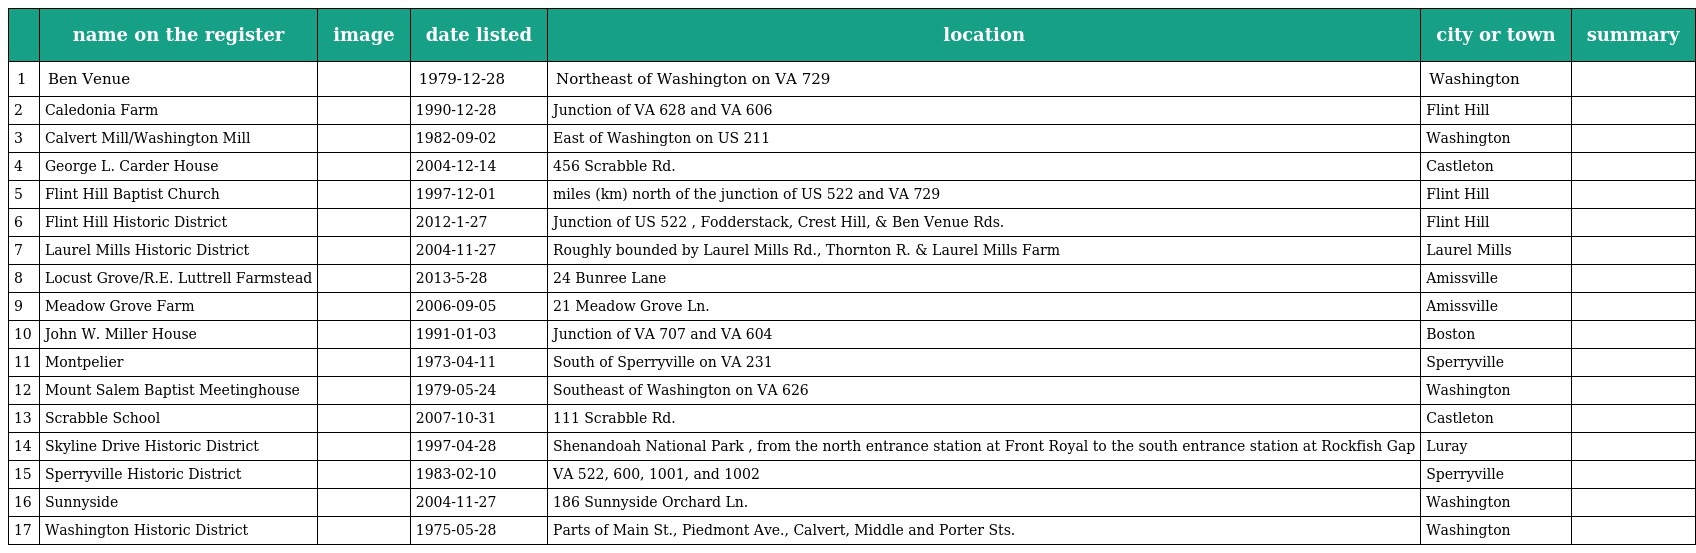
|  | name on the register | image | date listed | location | city or town | summary |
 | --- | --- | --- | --- | --- | --- | --- |
 | 1 | Ben Venue |  | 1979-12-28 | Northeast of Washington on VA 729 | Washington |  |
 | 2 | Caledonia Farm |  | 1990-12-28 | Junction of VA 628 and VA 606 | Flint Hill |  |
 | 3 | Calvert Mill/Washington Mill |  | 1982-09-02 | East of Washington on US 211 | Washington |  |
 | 4 | George L. Carder House |  | 2004-12-14 | 456 Scrabble Rd. | Castleton |  |
 | 5 | Flint Hill Baptist Church |  | 1997-12-01 | miles (km) north of the junction of US 522 and VA 729 | Flint Hill |  |
 | 6 | Flint Hill Historic District |  | 2012-1-27 | Junction of US 522 , Fodderstack, Crest Hill, & Ben Venue Rds. | Flint Hill |  |
 | 7 | Laurel Mills Historic District |  | 2004-11-27 | Roughly bounded by Laurel Mills Rd., Thornton R. & Laurel Mills Farm | Laurel Mills |  |
 | 8 | Locust Grove/R.E. Luttrell Farmstead |  | 2013-5-28 | 24 Bunree Lane | Amissville |  |
 | 9 | Meadow Grove Farm |  | 2006-09-05 | 21 Meadow Grove Ln. | Amissville |  |
 | 10 | John W. Miller House |  | 1991-01-03 | Junction of VA 707 and VA 604 | Boston |  |
 | 11 | Montpelier |  | 1973-04-11 | South of Sperryville on VA 231 | Sperryville |  |
 | 12 | Mount Salem Baptist Meetinghouse |  | 1979-05-24 | Southeast of Washington on VA 626 | Washington |  |
 | 13 | Scrabble School |  | 2007-10-31 | 111 Scrabble Rd. | Castleton |  |
 | 14 | Skyline Drive Historic District |  | 1997-04-28 | Shenandoah National Park , from the north entrance station at Front Royal to the south entrance station at Rockfish Gap | Luray |  |
 | 15 | Sperryville Historic District |  | 1983-02-10 | VA 522, 600, 1001, and 1002 | Sperryville |  |
 | 16 | Sunnyside |  | 2004-11-27 | 186 Sunnyside Orchard Ln. | Washington |  |
 | 17 | Washington Historic District |  | 1975-05-28 | Parts of Main St., Piedmont Ave., Calvert, Middle and Porter Sts. | Washington |  |